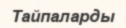
Тайпаларды